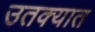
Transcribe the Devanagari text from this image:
उतक्यात